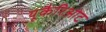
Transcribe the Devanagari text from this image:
यूकैरिओट